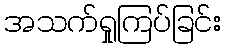
အသက်ရှုကြပ်ခြင်း